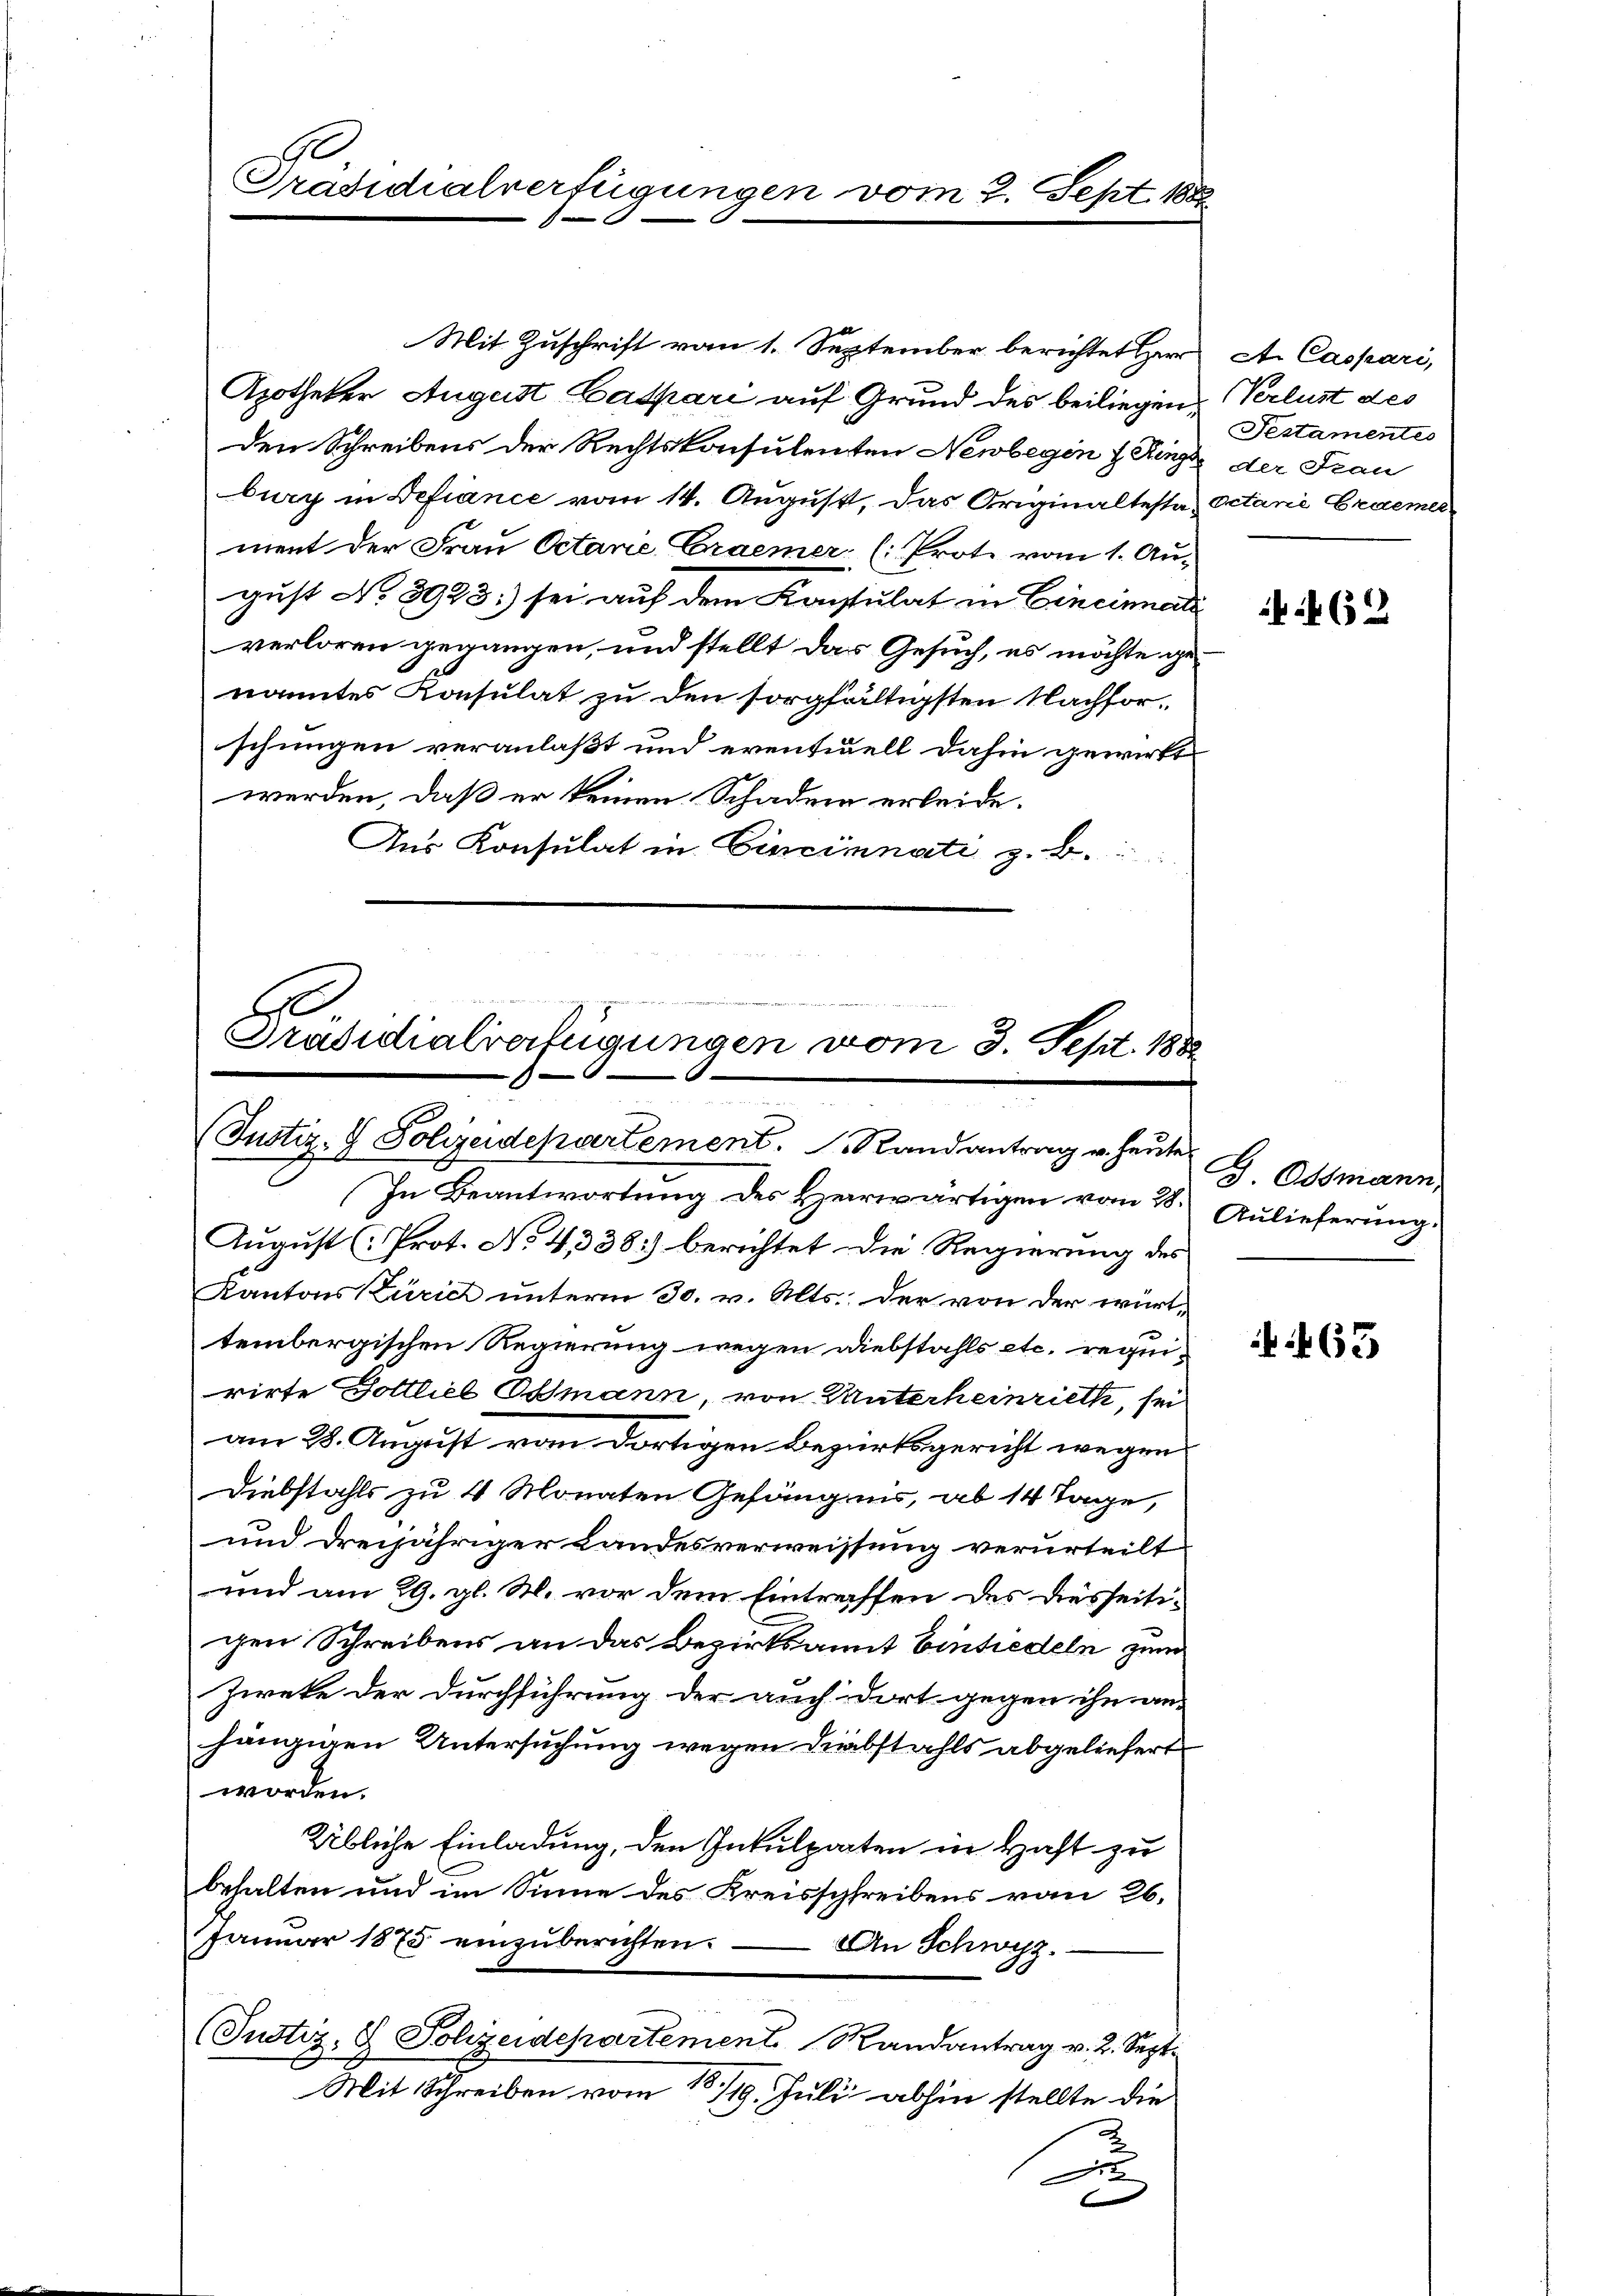
Präsidialverfügungen vom 2. Sept 188

den Schreibens der Rechtskonsulenten Newbegen einge der Frau
burg in Defiance vom 14. August, das Originaltesta, Petarii Cramer
ment der Frau Octane Graemer (: Prote vom 1. Au-
gust No. 8923:) sei auf dem Konsulat in Cincinati
verloren gegangen, und stellt das Gesuch, es möchte genanntes Konsulat zu den sorgfältigsten Nachforschungen veranlaßt und eventuell dahin gewirkt
werden, daß er keinen Schaden erleide.
Aus Konsulat in Cincimnati z. B.

B
Präsidialverfügungen vom 3. Sept. 1882
(Justiz- & Polizeidepartement. Randantrag u. heute

Mit Zuschrift vom 1. September berichtet Herr
Apotheker August Caspari auf Grund des beiliegen Verlust des

In Beantwortŭng des Herwärtigen vom 28. Aŭlieferung:
August ( Prot. No. 4, 338) berichtet die Regierung des
Kantons Zürich unterm 30. v. Alts. der von der württembergischen Regierung wegen Diebstahls etc. requirirte Gottliel Osmann, von Unterheinriethe, sei
am 28. August vom dortigen Bezirksgericht wegen
Diebstahls zu 4 Monaten Gefängnis, ab 14 Tage,
und dreijähriger Landesverweissung verurteilt
und am 29. gl. R. vor dem Eintraffen des diesseitigen Schreibens an das Bezirksamit Einsiedeln zum
Zweke der Durchführung der auch dort gegen ihn an-
hängigen Untersuchung wegen Diebstahls abgeliefert
worden.
Übliche Einladung, den Inkulpaten in Haft zu
behalten und im Sinne des Kreisschreibens von 26.
Janŭar 1875 einzŭberichten. An Schwyz.
(Justiz- & Polizeidepartement Randantrag v. 2. Sept.
Mit Schreiben vom 13/19. Juli abhin stellte die
A

A. Caspari,
Pestamentes

62

J. Odsmann

463